Punjab Mental Hospital Lahore 1922-31 - 1922-1931
Year: 1922
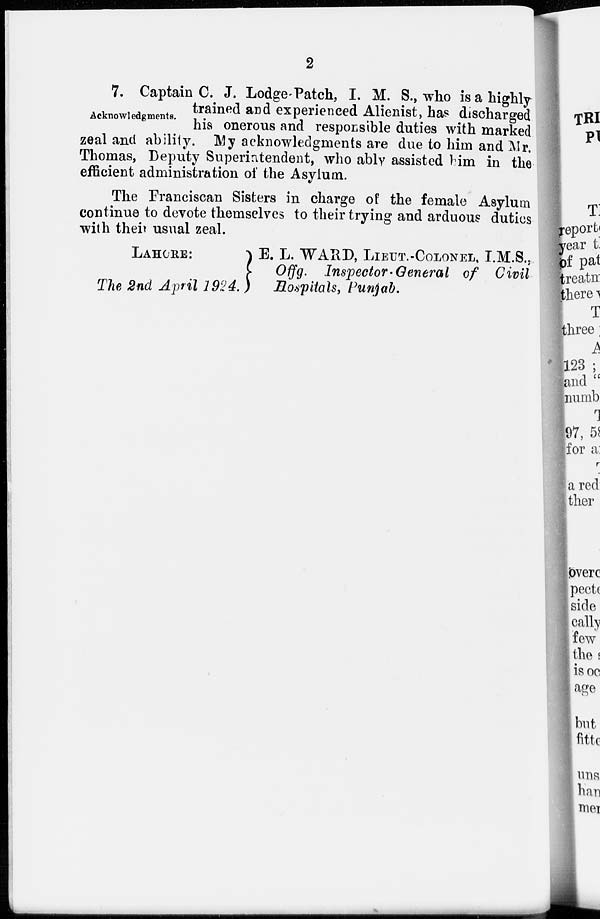
2
Acknowledgments.
7. Captain C. J. Lodge-Patch, I. M. S., who is a highly-
trained and experienced Alienist, has discharged
his onerous and responsible duties with marked
zeal and ability. My acknowledgments are due to him and Mr.
Thomas, Deputy Superintendent, who ably assisted him in the
efficient administration of the Asylum.
The Franciscan Sisters in charge of the female Asylum
continue to devote themselves to their trying and arduous duties
with their usual zeal.
LAHORE:
E. L. WARD, LIEUT.-COLONEL, I.M.S.,
Offg.
Inspector-General of Civil
The 2nd April 1924.
Hospitals, Punjab.